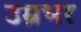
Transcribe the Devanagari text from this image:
उम्रभर